Civil Veterinary Department Bengal reports 1923-33 - 1923-1933
Year: 1923
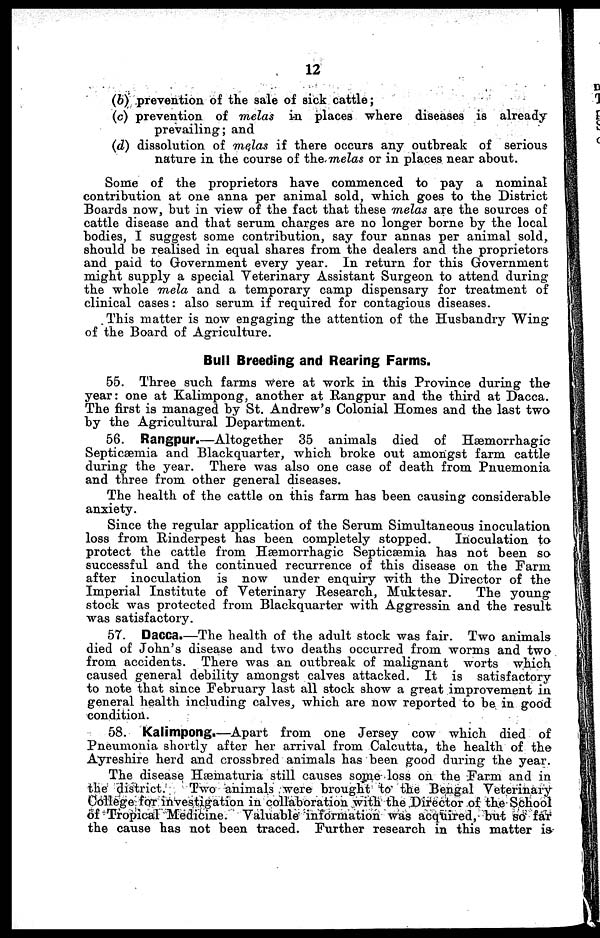
12
(6) prevention of the sale of sick cattle;
(c) prevention of melas in places where diseases is already
prevailing; and
(d) dissolution of melas if there occurs any outbreak of serious
nature in the course of the melas or in places near about.
Some of the proprietors have commenced to pay a nominal
contribution at one anna per animal sold, which goes to the District
Boards now, but in view of the fact that these melas are the sources of
cattle disease and that serum charges are no longer borne by the local
bodies, I suggest some contribution, say four annas per animal sold,
should be realised in equal shares from the dealers and the proprietors
and paid to Government every year. In return for this Government
might supply a special Veterinary Assistant Surgeon to attend during
the whole mela and a temporary camp dispensary for treatment of
clinical cases: also serum if required for contagious diseases.
This matter is now engaging the attention of the Husbandry Wing
of the Board of Agriculture.
Bull Breeding and Rearing Farms.
55. Three such farms were at work in this Province during the
year: one at Kalimpong, another at Rangpur and the third at Dacca.
The first is managed by St. Andrew's Colonial Homes and the last two
by the Agricultural Department.
56. Rangpur.—Altogether 35 animals died of
Hæmorrhagic
Septicæmia and Blackquarter, which broke out amongst farm cattle
during the year. There was also one case of death from Pnuemonia
and three from other general diseases.
The health of the cattle on this farm has been causing considerable
anxiety.
Since the regular application of the Serum Simultaneous inoculation
loss from Rinderpest has been completely stopped.
Inoculation to
protect the cattle from Hæmorrhagic Septicæmia has not been so
successful and the continued recurrence of this disease on the Farm
after inoculation is now under enquiry with the Director of the
Imperial Institute of Veterinary Research, Muktesar.
The young
stock was protected from Blackquarter with Aggressin and the result
was satisfactory.
57. Dacca.—The health of the adult stock was fair. Two animals
died of John's disease and two deaths occurred from worms and two
from accidents. There was an outbreak of malignant worts which
caused general debility amongst calves attacked. It is satisfactory
to note that since February last all stock show a great improvement in
general health including calves, which are now reported to be in good
condition.
58. Kalimpong.—Apart from one Jersey cow which died of
Pneumonia shortly after her arrival from Calcutta, the health of the
Ayreshire herd and crossbred animals has been good during the year.
The disease Hæmaturia still causes some loss on the Farm and in
the district.
Two animals were brought to the Bengal Veterinary
College for investigation in collaboration with the Director of the School
of Tropical Medicine. Valuable information was acquired, but so far
the cause has not been traced. Further research in this matter is